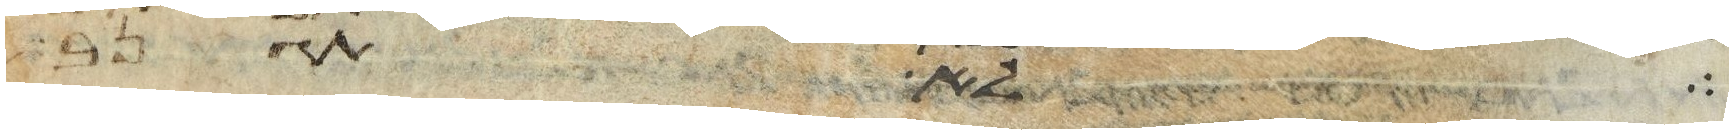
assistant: לאמר גם אתה לא תבוא